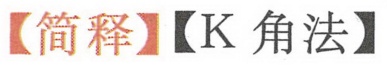
【简释】【K角法】